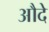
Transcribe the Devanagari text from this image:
औदे